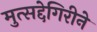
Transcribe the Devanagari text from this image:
मुत्सद्देगिरीने